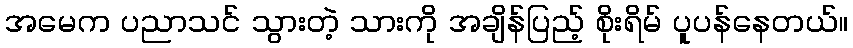
အမေက ပညာသင် သွားတဲ့ သားကို အချိန်ပြည့် စိုးရိမ် ပူပန်နေတယ်။